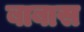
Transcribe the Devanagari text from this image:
बाबास